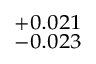
^ { + 0 . 0 2 1 } _ { - 0 . 0 2 3 }